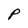
Character: P